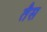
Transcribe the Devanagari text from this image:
तैस